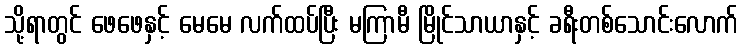
သို့ရာတွင် ဖေဖေနှင့် မေမေ လက်ထပ်ပြီး မကြာမီ မြိုင်သာယာနှင့် ခရီးတစ်သောင်းလောက်